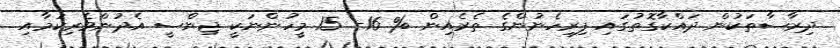
ދިރާސާތަކުން ދައްކާގޮތުގައި ފިރިހެނުންގެ ތެރެއިން % 16- 15 މީހުންނަކީ ޖިންސީ އެދުންވެރިކަމާއި